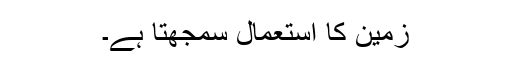
زمین کا استعمال سمجھتا ہے۔